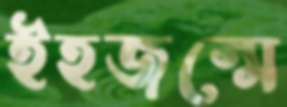
ইহজন্মে